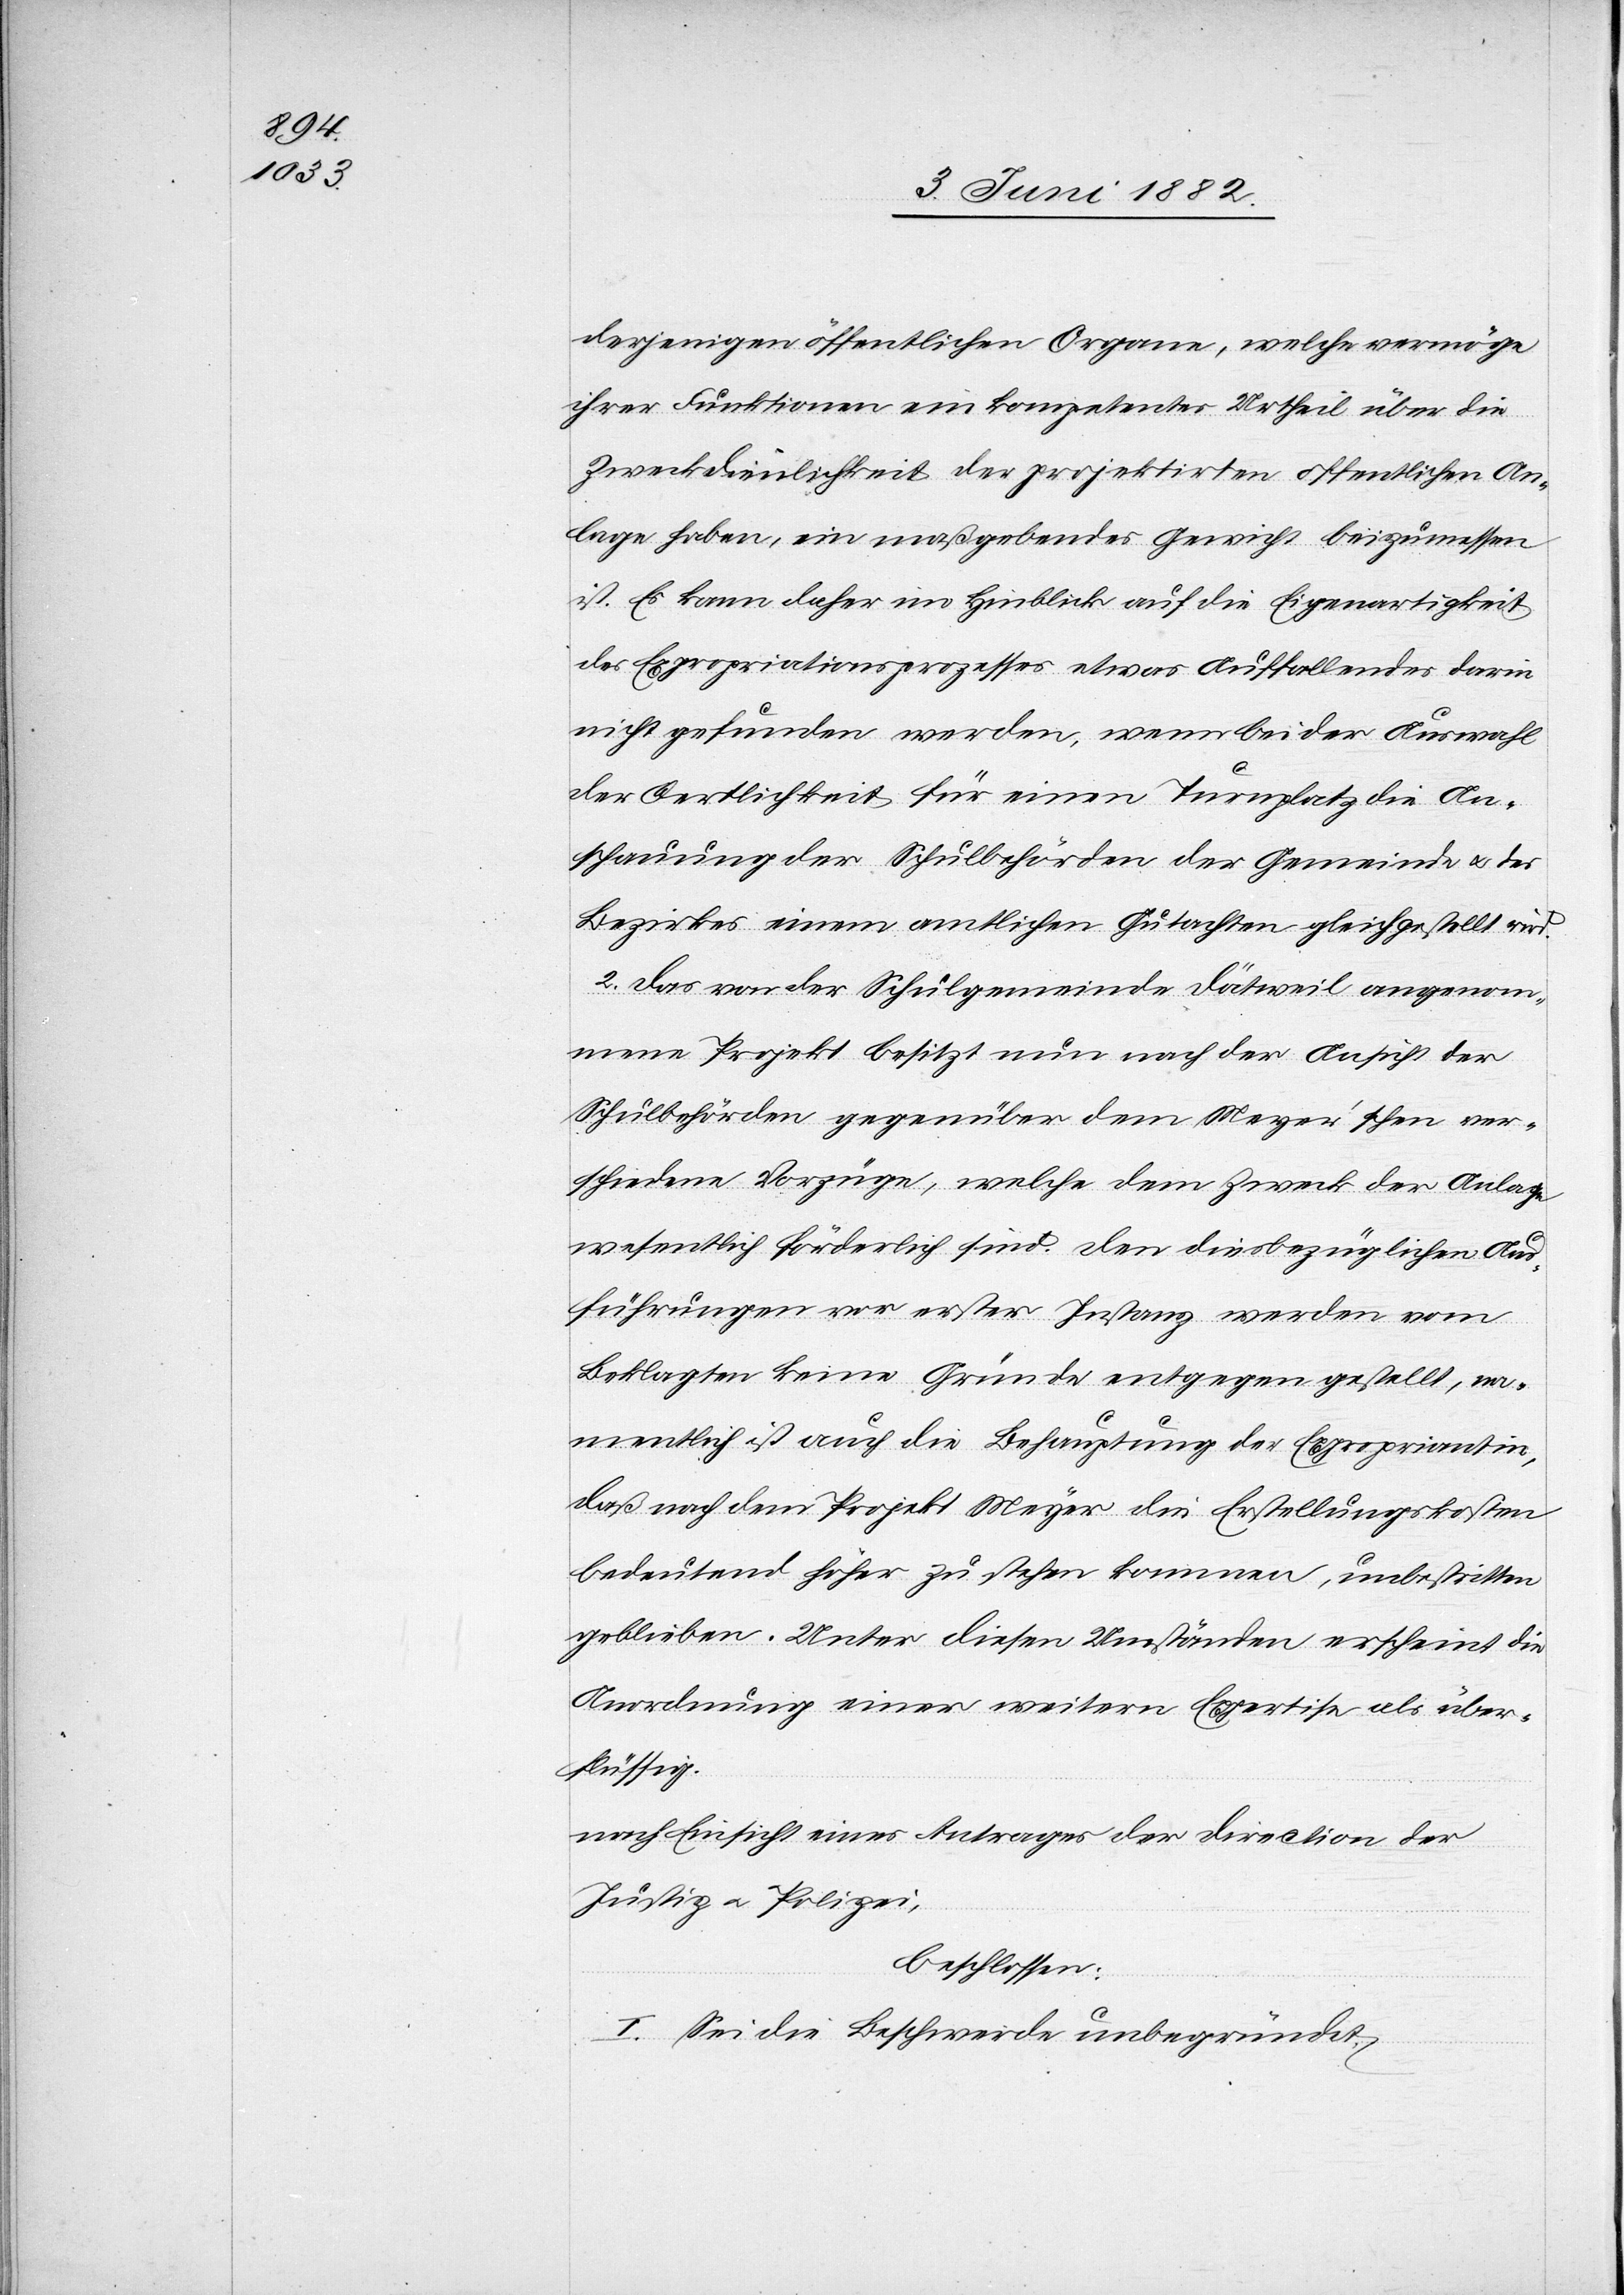
derjenigen öffentlichen Organe, welche vermöge
ihrer Funktionen ein kompetentes Urtheil über die
Zweckdienlichkeit der projektirten öffentlichen An¬
lage habe, ein maßgebendes Gewicht beizumessen
ist. Es kann daher im Hinblick auf die Eigenartigkeit
des Expropriationsprozesses etwas Auffallendes darin
nicht gefunden werden, wenn bei der Auswahl
der Oertlichkeit für einen Turnplatz die An¬
schauung der Schulbehörden der Gemeinde u. des
Bezirks einem amtlichen Gutachten gleichgestellt wird.
2. Das von der Schulgemeinde Dättweil angenom¬
mene Projekt besitzt nun nach der Ansicht der
Schulbehörden gegenüber dem Meyer’schen ver¬
schiedene Vorzüge, welche dem Zweck der Anlage
wesentlich förderlich sich. Den diesbezüglichen Aus¬
führungen vor erste Instanz werden vom
Beklagten keine Gründe entgegen gestellt, na¬
mentlich ist auch die Behauptung der Expropriantin,
daß nach dem Projekt Meyer die Erstellungskosten
bedeutend höher zu stehen kommen, unbestritten
geblieben. Unter diesen Umständen erscheint die
Anordnung einer weitern Expertise als über¬
flüssig.
nach Einsicht eines Antrages der Direction der
Justiz u. Polizei,
beschlossen:
I. Sei die Beschwerde unbegründet.